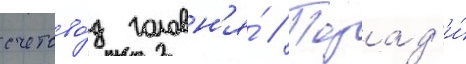
счетово́д головн'я́ // Позад'и́